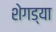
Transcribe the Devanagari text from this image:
शेगड्या